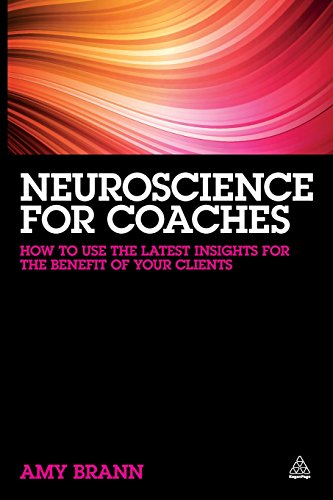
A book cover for Neuroscience for Coaches: How to Use the Latest Insights for the Benefit of Your Clients; Amy Brann; Medical Books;